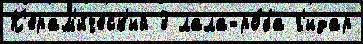
К'ерам'и́ческ'ий 3 лала-ро́ба г'идар